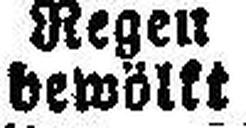
bewöllt